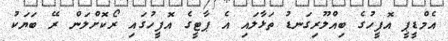
އެމްޑީޕީ އޮފީހުގެ ބިއްލޫރިގަނޑު ތަޅާލައި އެ ޕާޓީގެ އޮފީހުގައި ރޯކޮށްލަން ރޭ ބަޔަކު